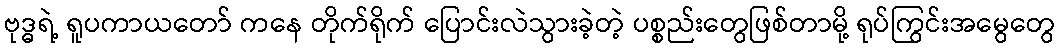
ဗုဒ္ဓရဲ့ ရူပကာယတော် ကနေ တိုက်ရိုက် ပြောင်းလဲသွားခဲ့တဲ့ ပစ္စည်းတွေဖြစ်တာမို့ ရုပ်ကြွင်းအမွေတွေ